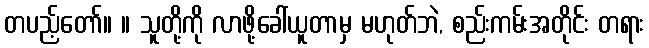
တပည့်တော်။ ။ သူတို့ကို လာဖို့ခေါ်ယူတာမှ မဟုတ်ဘဲ, စည်းကမ်းအတိုင်း တရား